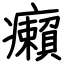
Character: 癩